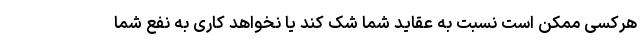
هرکسی ممکن است نسبت به عقاید شما شک کند یا نخواهد کاری به نفع شما